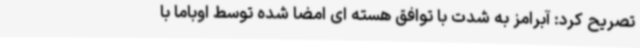
تصریح کرد: آبرامز به شدت با توافق هسته ای امضا شده توسط اوباما با